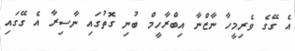
އެ ގޭގެ ވެރިމީހާ ނާޒްނާ އިބްރާހީމް ބުނި ގޮތުގައި ނާސިރާ އެ ގޭގައި